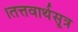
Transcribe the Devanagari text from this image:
।तत्तवार्थसूत्र